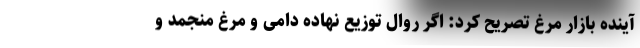
آینده بازار مرغ تصریح کرد: اگر روال توزیع نهاده دامی و مرغ منجمد و